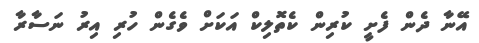
އޭނާ ދެން ފެށީ ކުރިން ކެތޮލިކް އަކަށް ވެގެން ހުރި އިރު ނަސާރާ